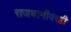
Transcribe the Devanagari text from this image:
राजधानीवरही